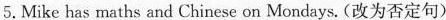
5.Mike has maths and Chinese on Mondays.(改为否定句)